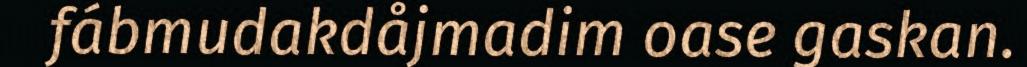
fábmudakdåjmadim oase gaskan.